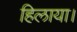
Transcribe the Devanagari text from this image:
हिलाया।